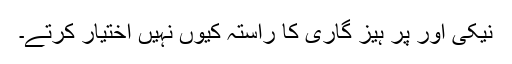
نیکی اور پر ہیز گاری کا راستہ کیوں نہیں اختیار کرتے۔